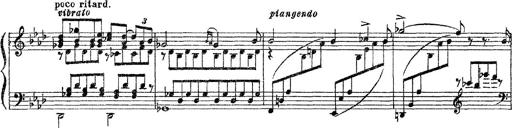
Title: 3 sonetti di Petrarca
Composer: Franz Liszt